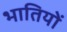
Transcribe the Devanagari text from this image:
भातियों